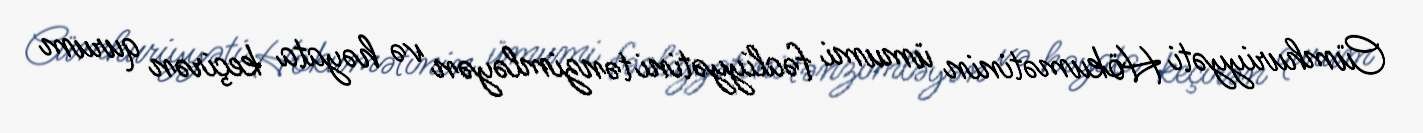
Cümhuriyyəti Hökumətinin ümumi fəaliyyətini tənzimləyən və həyata keçirən qurum